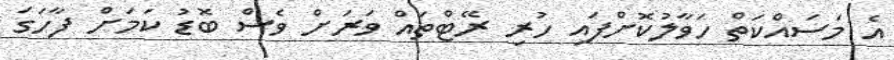
އެ މަސައްކަތް ހަވާލުކޮށްފައި ހުރި ރޭޓްތައް ވަރަށް ވެސް ބޮޑު ކަމަށް ފާހަގަ